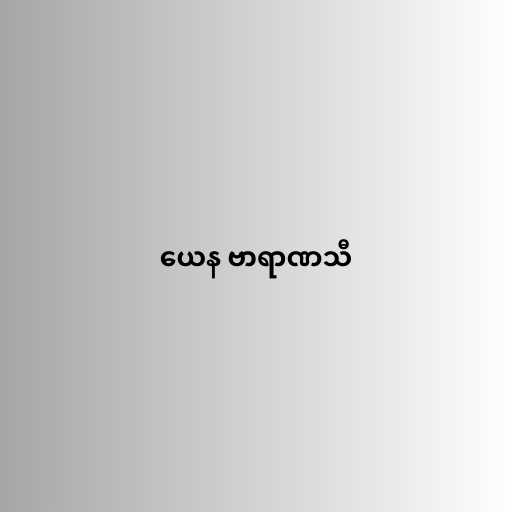
ယေန ဗာရာဏသီ